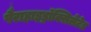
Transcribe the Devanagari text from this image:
पैराहाइड्रॉक्सिलेटेड